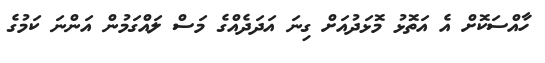
ހާއްސަކޮށް އެ އަތޮޅު މޮޅަދުއަށް ގިނަ އަދަދެއްގެ މަސް ލައްގަމުން އަންނަ ކަމުގެ